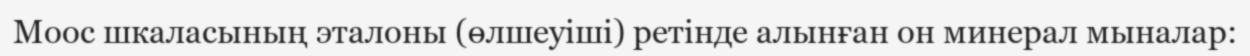
Моос шкаласының эталоны (өлшеуіші) ретінде алынған он минерал мыналар: